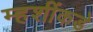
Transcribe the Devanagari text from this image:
म्हशींकडे